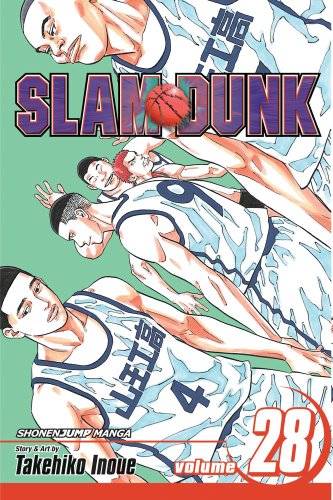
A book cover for Slam Dunk, Vol. 28; Takehiko Inoue; Comics & Graphic Novels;